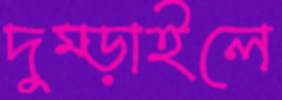
দুম্‌ড়াইলে